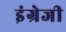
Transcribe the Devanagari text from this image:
इंग्रेजी